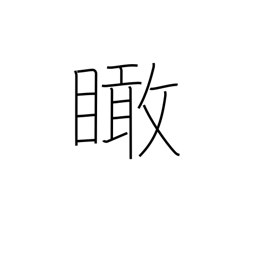
Meaning: look